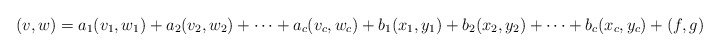
\begin{align*}(v,w)=a_1(v_1,w_1)+a_2(v_2,w_2)+\cdots+a_c(v_c,w_c)+b_1(x_1,y_1)+b_2(x_2,y_2)+\cdots+b_c(x_c,y_c)+(f,g) \end{align*}